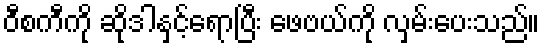
ဝီစကီကို ဆိုဒါနှင့်ရောပြီး ဖေဗယ်ကို လှမ်းပေးသည်။